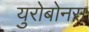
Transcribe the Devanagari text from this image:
युरोबोनस